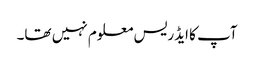
آپ کا ایڈریس معلوم نہیں تھا۔